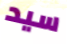
سيد